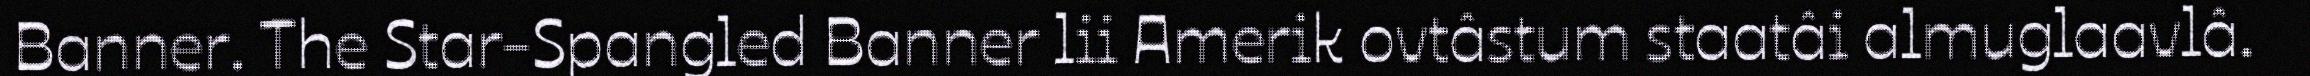
Banner. The Star-Spangled Banner lii Amerik ovtâstum staatâi almuglaavlâ.